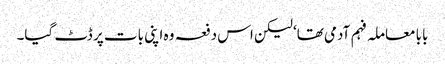
بابا معاملہ فہم آدمی تھا‘ لیکن اس دفعہ وہ اپنی بات پر ڈٹ گیا۔